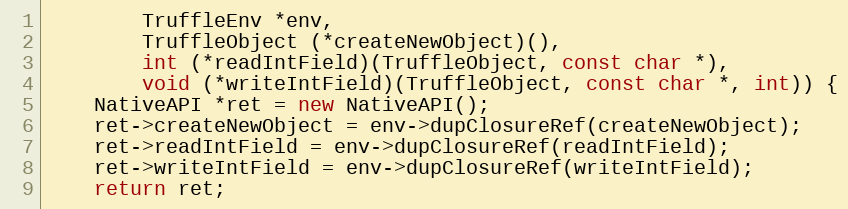
Language: C++
        TruffleEnv *env,
        TruffleObject (*createNewObject)(),
        int (*readIntField)(TruffleObject, const char *),
        void (*writeIntField)(TruffleObject, const char *, int)) {
    NativeAPI *ret = new NativeAPI();
    ret->createNewObject = env->dupClosureRef(createNewObject);
    ret->readIntField = env->dupClosureRef(readIntField);
    ret->writeIntField = env->dupClosureRef(writeIntField);
    return ret;